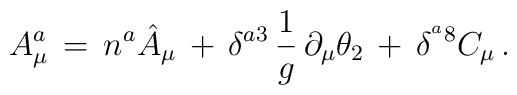
A^a_\mu \, = \, n^a \hat{A}_\mu \, + \,                  \delta^{a3} \, \frac{1}{g} \, \partial_\mu \theta_2                 \, + \, \delta^{^a8} C_\mu \, .